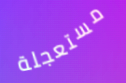
مستعجلة